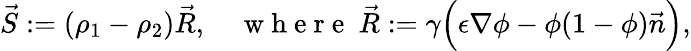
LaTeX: \vec{S}:=(\rho_{1}-\rho_{2})\vec{R},\quad\mathrm{~w~h~e~r~e~}~\vec{R}:=\gamma\Big(\epsilon\nabla\phi-\phi(1-\phi)\vec{n}\Big),